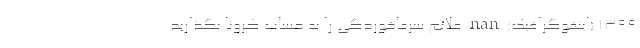
1399 (اینفوگرافیک) nan علائم سرماخوردگی را به حساب کرونا بگذاريد